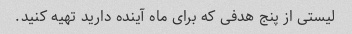
لیستی از پنج هدفی که برای ماه آینده دارید تهیه کنید.